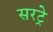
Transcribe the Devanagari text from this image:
सरट्रे